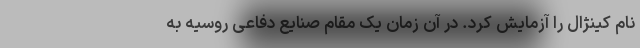
نام کینژال را آزمایش کرد. در آن زمان یک مقام صنایع دفاعی روسیه به